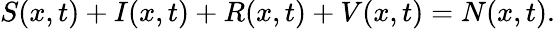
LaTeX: S(x,t)+I(x,t)+R(x,t)+V(x,t)=N(x,t).